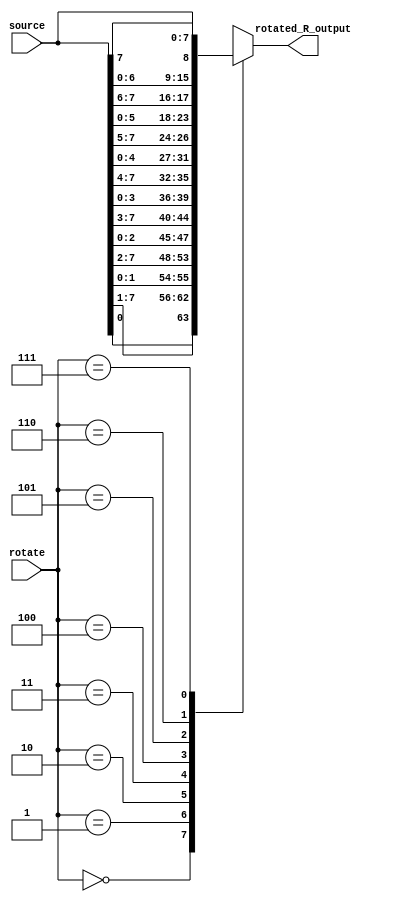
module rotate_right(
    input [7:0] source, //input reg
    input [2:0] rotate, //amount of rotation ... 0 -> 1  rotate
                                               //2 -> 3  rotates
                                               //7 -> no rotates
    output reg [7:0] rotated_R_output
);

    always @*
        case (rotate)
            3'b000:  rotated_R_output = { source[0],   source[7:1] };
            3'b001:  rotated_R_output = { source[1:0], source[7:2] };
            3'b010:  rotated_R_output = { source[2:0], source[7:3] };
            3'b011:  rotated_R_output = { source[3:0], source[7:4] };
            3'b100:  rotated_R_output = { source[4:0], source[7:5] };
            3'b101:  rotated_R_output = { source[5:0], source[7:6] };
            3'b110:  rotated_R_output = { source[6:0], source[7]   };
            3'b111:  rotated_R_output = source;
            default: rotated_R_output = source;
        endcase
endmodule